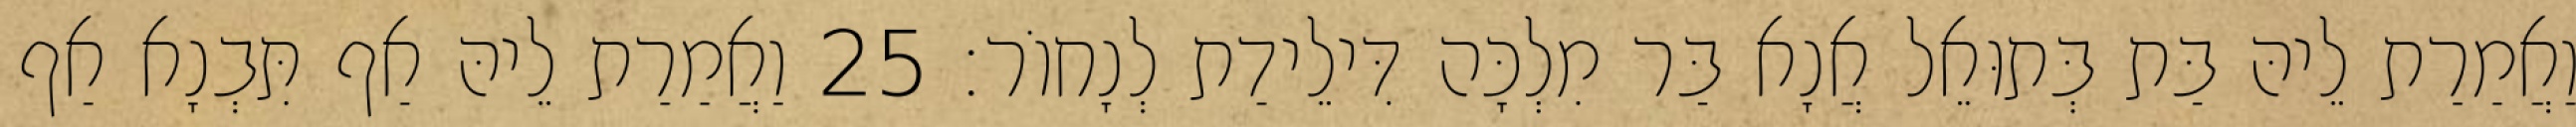
וַאֲמַרַת לֵיהּ בַּת בְּתוּאֵל אֲנָא בַּר מִלְכָּה דִּילֵידַת לְנָחוֹר׃ 25 וַאֲמַרַת לֵיהּ אַף תִּבְנָא אַף